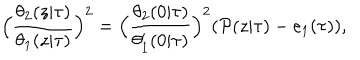
\Big ( \frac { \theta _ { 2 } ( z | \tau ) } { \theta _ { 1 } ( z | \tau ) } \Big ) ^ { 2 } = \Big ( \frac { \theta _ { 2 } ( 0 | \tau ) } { \theta _ { 1 } ^ { \prime } ( 0 | \tau ) } \Big ) ^ { 2 } ( { \cal P } ( z | \tau ) - e _ { 1 } ( \tau ) ) ,